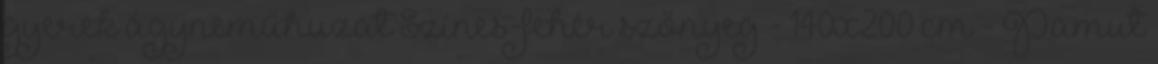
gyerek ágyneműhuzat Színes-fehér szőnyeg - 140x200 cm - Pamut